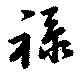
禄